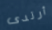
أرتدى